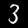
Digit: 3